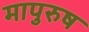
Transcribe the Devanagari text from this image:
मापुरुष